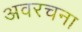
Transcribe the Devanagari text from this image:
अवरचना